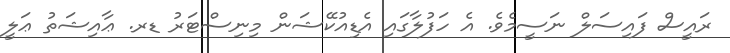
ރައީސް ފައިސަލް ނަސީމެވެ. އެ ހަފުލާގައި އެޑިއުކޭޝަން މިނިސްޓަރު ޑރ. ޢާއިޝަތު ޢަލީ